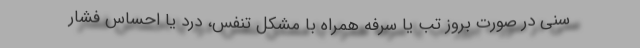
سنی در صورت بروز تب یا سرفه همراه با مشکل تنفس، درد یا احساس فشار